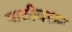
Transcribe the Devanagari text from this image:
पाठीवरुन